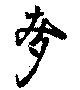
麥